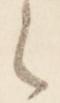
々